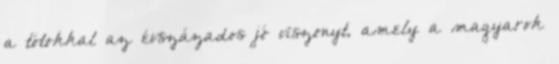
a tótokkal az évszázados jó viszonyt, amely a magyarok